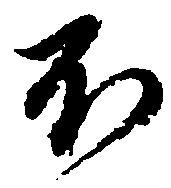
不